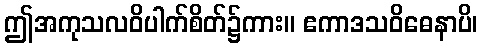
ဤအကုသလဝိပါက်စိတ်၌ကား။ ဧကာဒသဝိဓေနာပိ၊